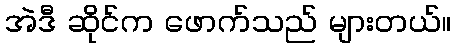
အဲဒီ ဆိုင်က ဖောက်သည် များတယ်။